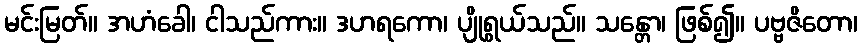
မင်းမြတ်။ အဟံခေါ၊ ငါသည်ကား။ ဒဟရကော၊ ပျိုရွယ်သည်။ သန္တော၊ ဖြစ်၍။ ပဗ္ဗဇိတော၊